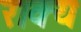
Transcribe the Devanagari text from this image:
राक्य